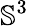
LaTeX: \mathbb{S}^{3}